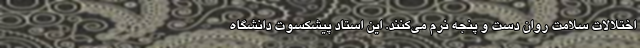
اختلالات سلامت روان دست و پنجه نرم می‌کنند. این استاد پیشکسوت دانشگاه